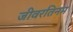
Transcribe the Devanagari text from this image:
जीवरतिनम